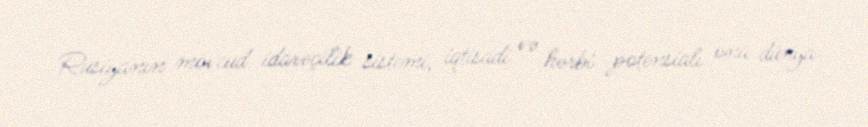
Rusiyanın mövcud idarəçilik sistemi, iqtisadi və hərbi potensialı ona dünya